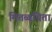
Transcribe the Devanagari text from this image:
मितव्‍ययिता